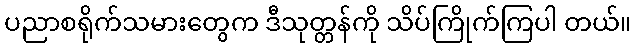
ပညာစရိုက်သမားတွေက ဒီသုတ္တန်ကို သိပ်ကြိုက်ကြပါ တယ်။